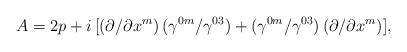
\begin{align*}A=2p+i\,[(\partial/\partial x^m)\,(\gamma^{0m}/\gamma^{03})+(\gamma^{0m}/\gamma^{03})\,(\partial/\partial x^m)],\end{align*}